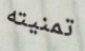
تمنيته